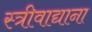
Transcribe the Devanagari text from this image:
स्त्रीवाद्याना